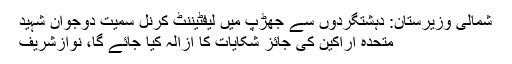
شمالی وزیرستان: دہشتگردوں سے جھڑپ میں لیفٹیننٹ کرنل سمیت دوجوان شہید
متحدہ اراکین کی جائز شکایات کا ازالہ کیا جائے گا، نوازشریف